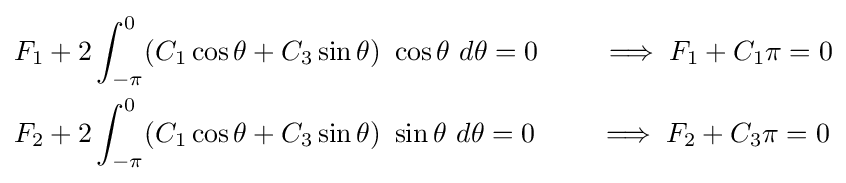
{\begin{aligned}F_{1}&+2\int _{-\pi }^{0}(C_{1}\cos \theta +C_{3}\sin \theta )~\cos \theta ~d\theta =0\qquad \implies F_{1}+C_{1}\pi =0\\F_{2}&+2\int _{-\pi }^{0}(C_{1}\cos \theta +C_{3}\sin \theta )~\sin \theta ~d\theta =0\qquad \implies F_{2}+C_{3}\pi =0\end{aligned}}